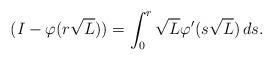
LaTeX: \begin{align*} (I- \varphi(r\sqrt{L})) = \int_0^r \sqrt{L}\varphi'(s\sqrt{L}) \, ds.\end{align*}